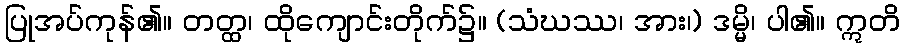
ပြုအပ်ကုန်၏။ တတ္ထ၊ ထိုကျောင်းတိုက်၌။ (သံဃဿ၊ အား၊) ဒမ္မိ၊ ပါ၏။ ဣတိ